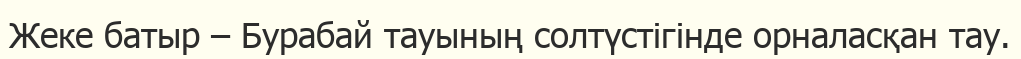
Жеке батыр – Бурабай тауының солтүстігінде орналасқан тау.